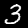
Digit: 3